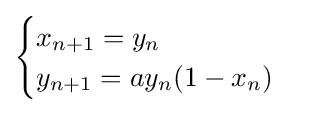
{\displaystyle {\begin{cases}x_{n+1}=y_{n}\\y_{n+1}=ay_{n}(1-x_{n})\end{cases}}}